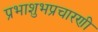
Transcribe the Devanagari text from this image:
प्रभाशुभप्रचारणी